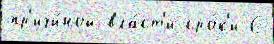
пр'ичи́ной вла́ст'и сро́к'и С